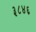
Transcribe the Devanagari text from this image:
३८४६